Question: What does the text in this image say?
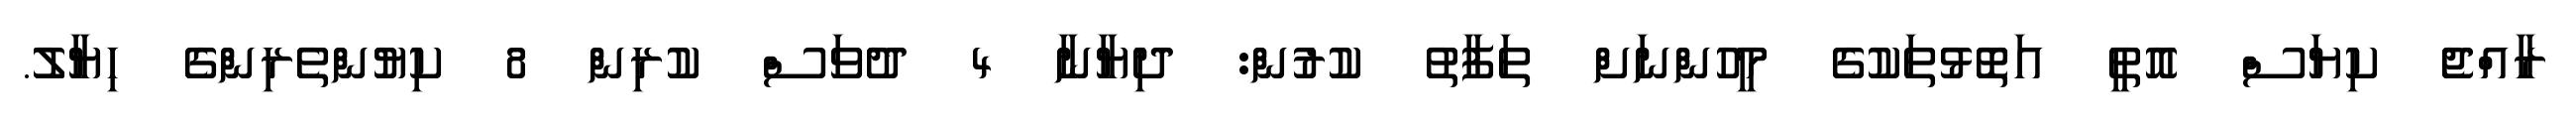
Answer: ރާއްޖެ ކިޔަސް އޮތީ އަތޮޅުތަކުގެ މީހުންނަށް ތަފާތު ކުރުން: ދިޔާނާ 4 ދުވަސް ކުރިން 8 ކިޔުންތެރިންގެ ހިޔާލު.